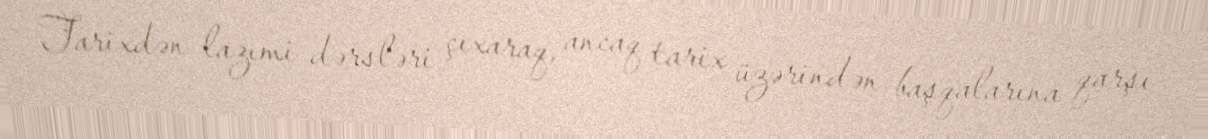
Tarixdən lazımi dərsləri çıxaraq, ancaq tarix üzərindən başqalarına qarşı